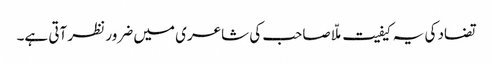
تضاد کی یہ کیفیت ملّا صاحب کی شاعری میں ضرور نظر آتی ہے۔